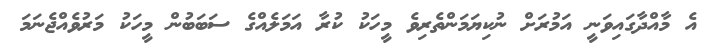
އެ މާއްދާގައިވަނީ އަމުރަށް ނުކިޔަމަންތެރިވެ މީހަކު ކުރާ އަމަލެއްގެ ސަބަބުން މީހަކު މަރުވެއްޖެނަމަ